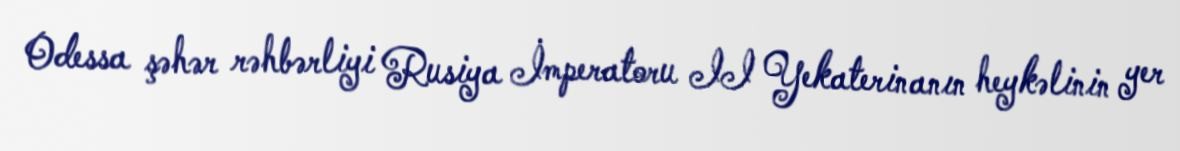
Odessa şəhər rəhbərliyi Rusiya İmperatoru II Yekaterinanın heykəlinin yer